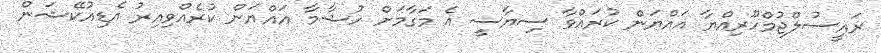
ރައީސުލްޖުމްހޫރިއްޔާ އައްޔަން ކުރައްވާ ސިޔާސީ އެ މަގާމަށް ހުޝާމާ އައްޔަން ކުރެއްވިއިރު އެޑިއުކޭޝަން